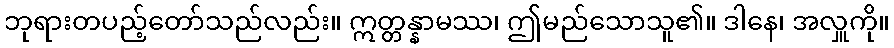
ဘုရားတပည့်တော်သည်လည်း။ ဣတ္တန္နာမဿ၊ ဤမည်သောသူ၏။ ဒါနေ၊ အလှူကို။